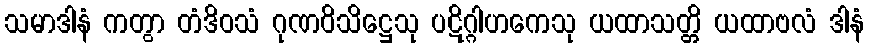
သမာဒါနံ ကတွာ တံဒိဝသံ ဂုဏဝိသိဋ္ဌေသု ပဋိဂ္ဂါဟကေသု ယထာသတ္တိ ယထာဗလံ ဒါနံ